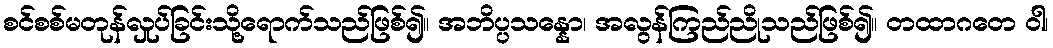
စင်စစ်မတုန်လှုပ်ခြင်းသို့ရောက်သည်ဖြစ်၍။ အဘိပ္ပသန္နော၊ အလွန်ကြည်ညိုသည်ဖြစ်၍။ တထာဂတေ ဝါ၊